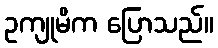
ဥကျုမိက ပြောသည်။